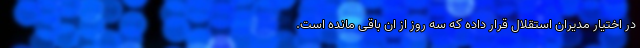
در اختیار مدیران استقلال قرار داده که سه روز از ان باقی مانده است.